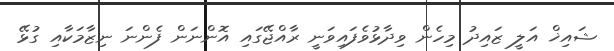
ޝައިޚް އަލީ ޒައިދު މިހެން ވިދާޅުވެފައިވަނީ ރާއްޖޭގައި އޮންނަން ފެންނަ ނިޒާމަކާއި ގުޅޭ